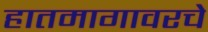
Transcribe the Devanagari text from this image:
हातमागावरचे